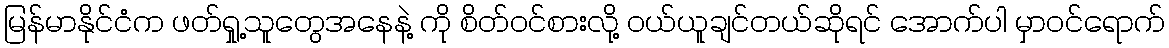
မြန်မာနိုင်ငံက ဖတ်ရှု့သူတွေအနေနဲ့ ကို စိတ်ဝင်စားလို့ ဝယ်ယူချင်တယ်ဆိုရင် အောက်ပါ မှာဝင်ရောက်